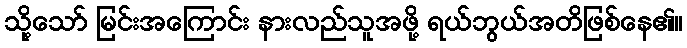
သို့သော် မြင်းအကြောင်း နားလည်သူအဖို့ ရယ်ဘွယ်အတိဖြစ်နေ၏။